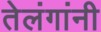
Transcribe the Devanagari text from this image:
तेलंगांनी